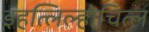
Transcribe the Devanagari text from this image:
इहत्लिल्होचित्ल